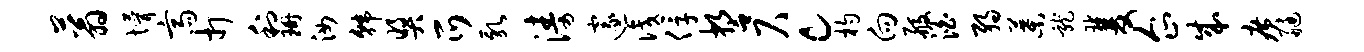
蓊懵斋打利珊汝韩奖爪乳涛邃识俘誓尺c杓向般泊弱叶龙双企成广艇